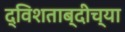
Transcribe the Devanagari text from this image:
द्विशताब्दीच्या